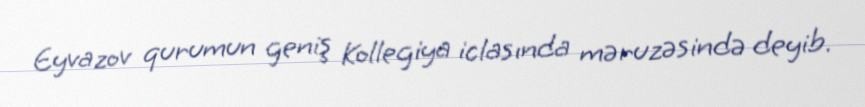
Eyvazov qurumun geniş Kollegiya iclasında məruzəsində deyib.